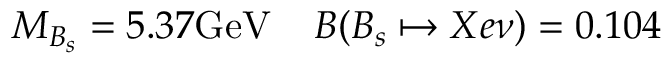
M _ { B _ { s } } = 5 . 3 7 \mathrm { G e V } \; \; \; \; B ( B _ { s } \mapsto X e \nu ) = 0 . 1 0 4